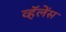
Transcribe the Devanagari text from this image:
व्हॅलेंस